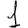
Digit: 1